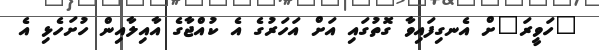
"ހަވީރަ"ށް އެނގިފައިވާ ގޮތުގައި އަށް އަހަރުގެ އެ ކުއްޖާގެ އާއިލާއިން ހުށަހެޅި އެ